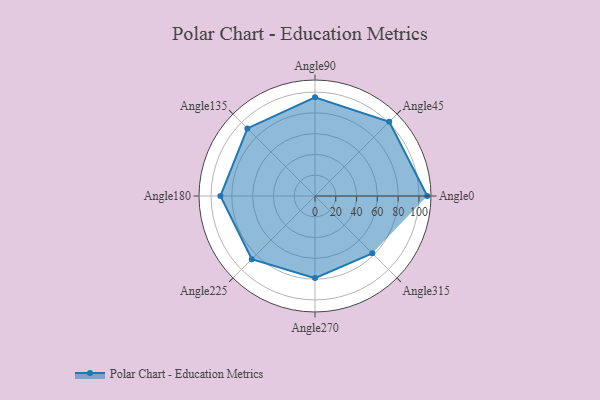
{"axis": {"x": "Angle", "y": "Radius"}, "legend": [""], "data": [{"x": "Angle0", "y": 108.0, "type": ""}, {"x": "Angle45", "y": 101.0, "type": ""}, {"x": "Angle90", "y": 95.0, "type": ""}, {"x": "Angle135", "y": 92.0, "type": ""}, {"x": "Angle180", "y": 91.0, "type": ""}, {"x": "Angle225", "y": 86.0, "type": ""}, {"x": "Angle270", "y": 79.0, "type": ""}, {"x": "Angle315", "y": 78.0, "type": ""}]}